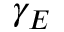
\gamma _ { E }